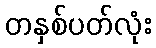
တနှစ်ပတ်လုံး